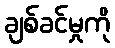
ချစ်ခင်မှုကို